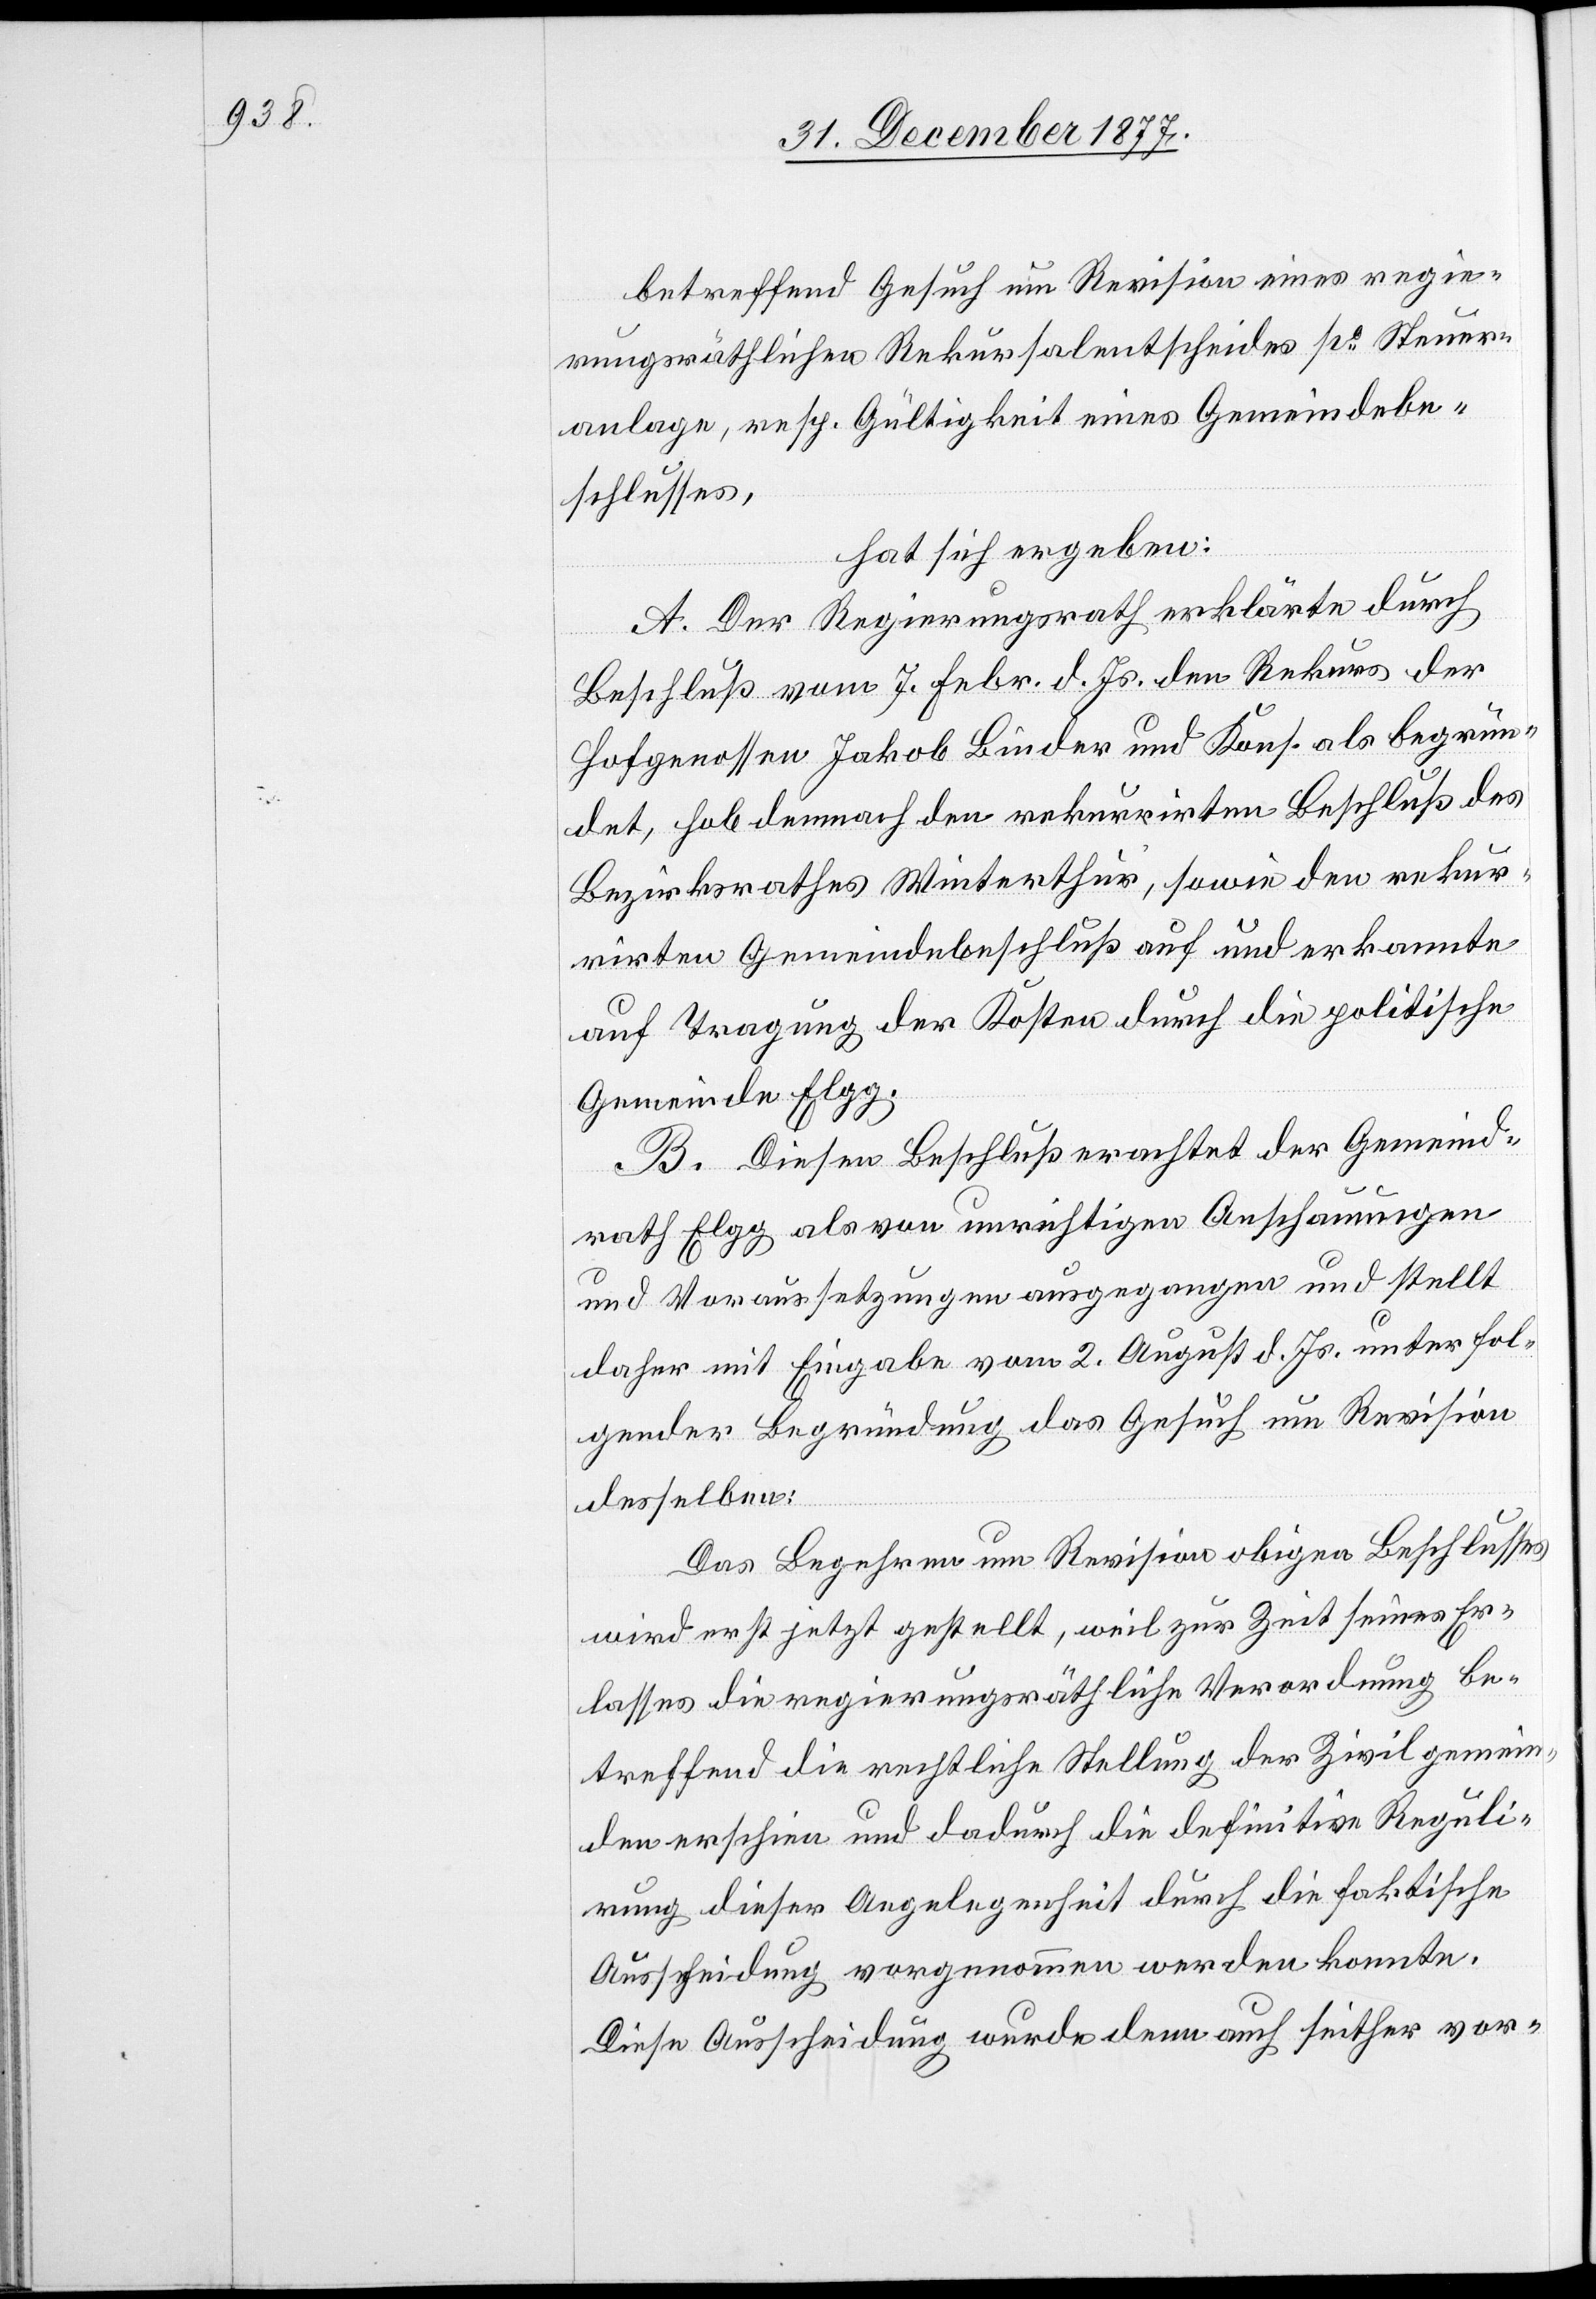
betreffend Gesuch um Revision eines regie¬
rungsräthlichen Rekursalentscheides po Steuer¬
anlage, resp. Gültigkeit eines Gemeindebe¬
schlusses,
hat sich ergeben:
A. Der Regierungsrath erklärte durch
Beschluß vom 7. Febr. d. Js. den Rekurs der
Hofgenossen Jakob Binder und Kons. als begrün¬
det, hob demnach den rekurrirten Beschluß des
Bezirksrathes Winterthur, sowie den rekur¬
rirten Gemeindebeschluß auf und erkannte
auf Tragung der Kosten durch die politische
Gemeinde Elgg.
B. Diesen Beschluß erachtet der Gemeind¬
rath Elgg als von unrichtigen Anschauungen
und Voraussetzungen ausgegangen und stellt
daher mit Eingabe vom 2. August d. Js. unter fol¬
gender Begründung das Gesuch um Revision
desselben:
Das Begehren um Revision obigen Beschlusses
wird erst jetzt gestellt, weil zur Zeit seines Er¬
lasses die regierungsräthliche Verordnung be¬
treffend die rechtliche Stellung der Zivilgemein¬
den erschien und dadurch die definitive Reguli¬
rung dieser Angelegenheit durch die faktische
Ausscheidung vorgenommen werden konnte.
Diese Ausscheidung wurde denn auch seither vor-